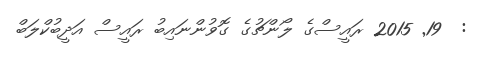
:  19